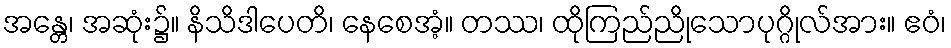
အန္တေ၊ အဆုံး၌။ နိသိဒါပေတိ၊ နေစေအံ့။ တဿ၊ ထိုကြည်ညိုသောပုဂ္ဂိုလ်အား။ ဧဝံ၊